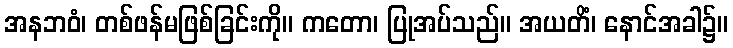
အနဘဝံ၊ တစ်ဖန်မဖြစ်ခြင်းကို။ ကတော၊ ပြုအပ်သည်။ အယတိံ၊ နောင်အခါ၌။